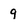
Character: 9